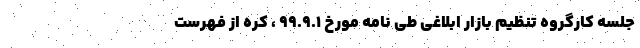
جلسه کارگروه تنظیم بازار ابلاغی طی نامه مورخ 99.9.1 ، کره از فهرست